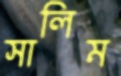
সালিম